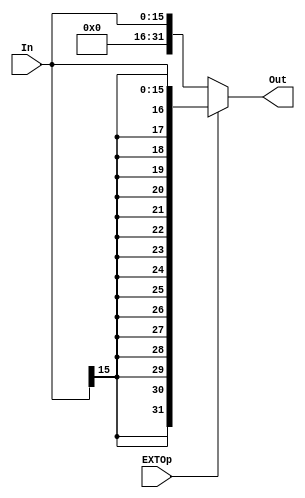
module EXT(
	input[15:0] In,
	input EXTOp,
	output[31:0] Out
    );
	
	assign Out = (EXTOp==1)? {{16{In[15]}},In}: {{16{1'b0}},In};

endmodule